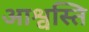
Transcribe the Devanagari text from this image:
आश्वस्ति